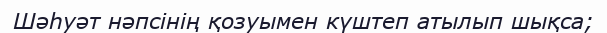
Шәһуәт нәпсінің қозуымен күштеп атылып шықса;